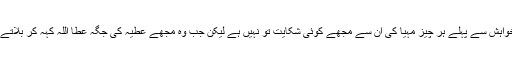
میں اپنی ہی بات کروں کہ جب میرے ابو جان جنہوں نے مجھے میری خواہش سے پہلے ہر چیز مہیا کی ان سے مجھے کوئی شکایت تو نہیں ہے لیکن جب وہ مجھے عطیہ کی جگہ عطا اللہ کہہ کر بلاتے ہیں تو میں خوشی سے جھوم جاتی ہوں کہ انہوں نے مجھے بیٹا کہا ہے۔